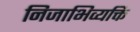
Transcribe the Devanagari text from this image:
निजाभिव्यक्ति